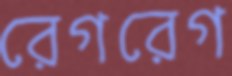
রেগরেগ